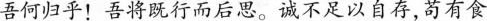
吾何归乎！吾将既行而后思。诚不足以自存，苟有食